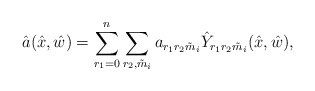
\begin{align*}\hat{a}(\hat{x},\hat{w})=\sum_{r_{1}=0}^{n}\sum_{r_{2},\tilde{m}_{i}} a_{r_{1}r_{2}\tilde{m}_{i}}\hat{Y}_{r_{1}r_{2}\tilde{m}_{i}}(\hat{x},\hat{w}),\end{align*}